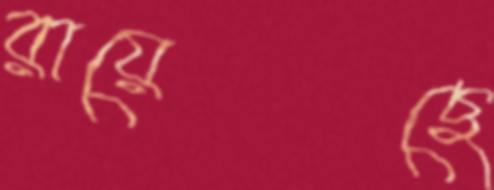
রায়েছে